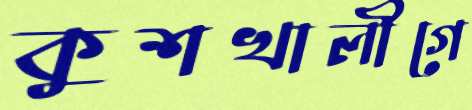
কুশখালীগে